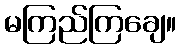
မကြည်ကြချေ။